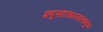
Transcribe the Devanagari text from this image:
ग्लूस्टरशायरकडून